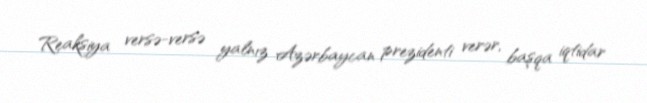
Reaksiya versə-versə yalnız Azərbaycan prezidenti verər, başqa iqtidar